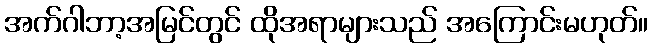
အက်ဂါဘာ့အမြင်တွင် ထိုအရာများသည် အကြောင်းမဟုတ်။